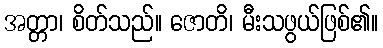
အတ္တာ၊ စိတ်သည်။ ဇောတိ၊ မီးသဖွယ်ဖြစ်၏။